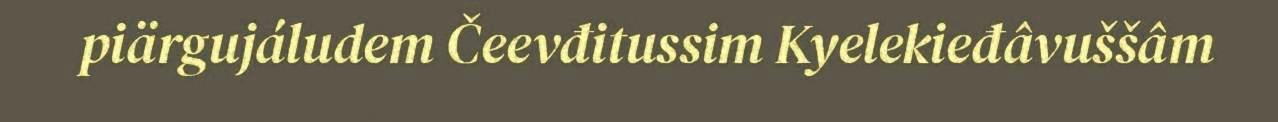
piärgujáludem Čeevđitussim Kyelekieđâvuššâm